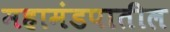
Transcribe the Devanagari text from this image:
महामंडपातील